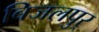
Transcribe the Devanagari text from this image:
बिजलपुर्